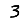
Digit: 3